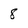
Character: 8